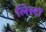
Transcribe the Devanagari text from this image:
लिस्टों